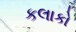
કલાકો